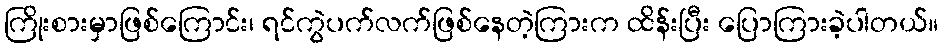
ကြိုးစားမှာဖြစ်ကြောင်း၊ ရင်ကွဲပက်လက်ဖြစ်နေတဲ့ကြားက ထိန်းပြီး ပြောကြားခဲ့ပါတယ်။